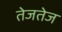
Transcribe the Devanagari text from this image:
तेजतेज